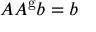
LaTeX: A A ^ { \mathrm { g } } b = b